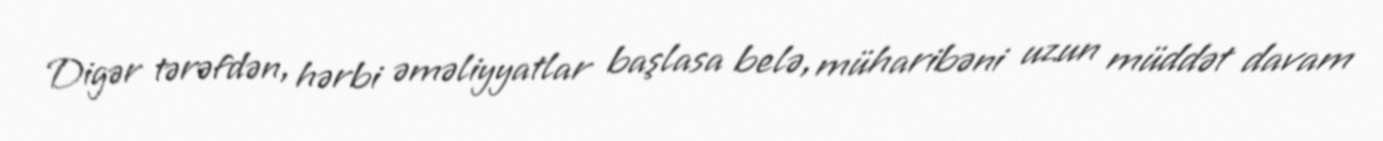
Digər tərəfdən, hərbi əməliyyatlar başlasa belə, müharibəni uzun müddət davam